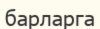
барларга